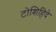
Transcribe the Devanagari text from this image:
टोशिहिदे